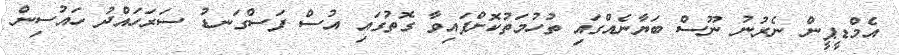
އެމްޑީޕީން ނެރުނު ނޫސް ބަޔާނެއްގައި ތުހުމަތުކޮށްފައިވާ ގޮތުގައި އުސް ފަސްގަނޑު ސަރަހައްދު ހައުސިން